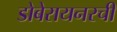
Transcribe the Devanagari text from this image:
डोबेरायनरची